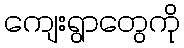
ကျေးရွာတွေကို